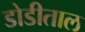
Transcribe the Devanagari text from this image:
डोडीताल